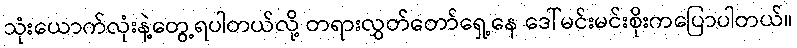
သုံးယောက်လုံးနဲ့တွေ့ရပါတယ်လို့ တရားလွှတ်တော်ရှေ့နေ ဒေါ်မင်းမင်းစိုးကပြောပါတယ်။